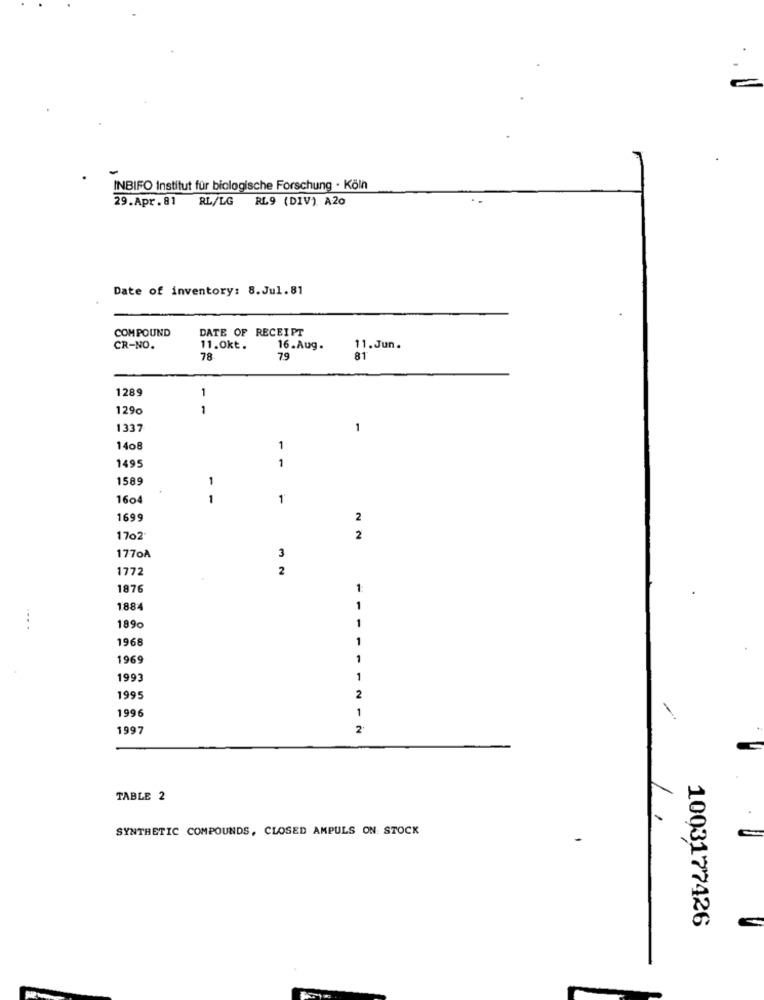
INBIFO Institut für biologische Forschung · Köln
29.Apr.81 RL/LG RL9 (DIV) A20
Date of inventory: 8.Jul.81
COMPOUND
DATE OF RECEIPT
CR-NO.
11.0kt.
16.Aug.
11. Jun.
78
79
81
1289
1
1290
1
1337
-
1408
1
149
1
1589
1
1604
1
1
1699
2
1702
2
1770A
3
1772
2
1876
1884
1
1
189c
1968
1
1969
199
1
1995
2
1996
1
1997
2
TABLE 2
1
SYNTHETIC COMPOUNDS, CLOSED AMPULS ON: STOCK
1003177426